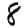
Digit: 8